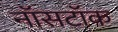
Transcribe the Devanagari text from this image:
नॉसटॉक